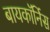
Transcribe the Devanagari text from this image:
बायकॉर्निस